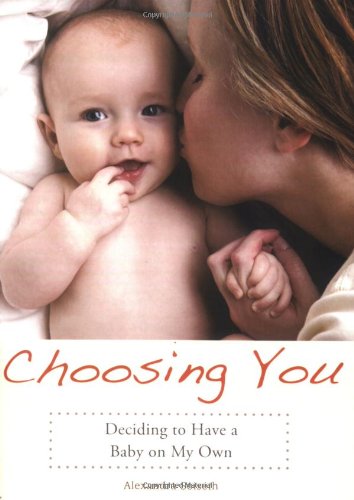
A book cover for Choosing You: Deciding to Have a Baby on My Own; Alexandra Soiseth; Parenting & Relationships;